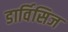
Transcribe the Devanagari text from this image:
डार्विसिज